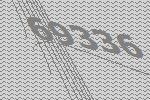
69336